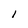
Character: I